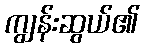
ကျွန်းဆွယ်၏